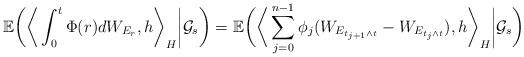
LaTeX: \begin{align*}\mathbb{E}\bigg(\bigg\langle \int_0^t \Phi(r) dW_{E_r}, h \bigg\rangle_H \bigg| \mathcal{G}_s\bigg)= \mathbb{E}\bigg(\bigg\langle \sum_{j=0}^{n-1} \phi_j(W_{E_{t_{j+1}\wedge t}}-W_{E_{t_{j}\wedge t}}), h \bigg\rangle_H \bigg| \mathcal{G}_s\bigg)\end{align*}